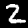
Label: 2